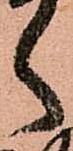
く